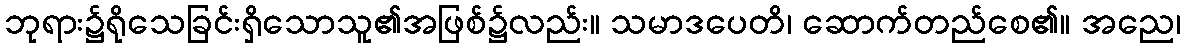
ဘုရား၌ရိုသေခြင်းရှိသောသူ၏အဖြစ်၌လည်း။ သမာဒပေတိ၊ ဆောက်တည်စေ၏။ အညေ၊